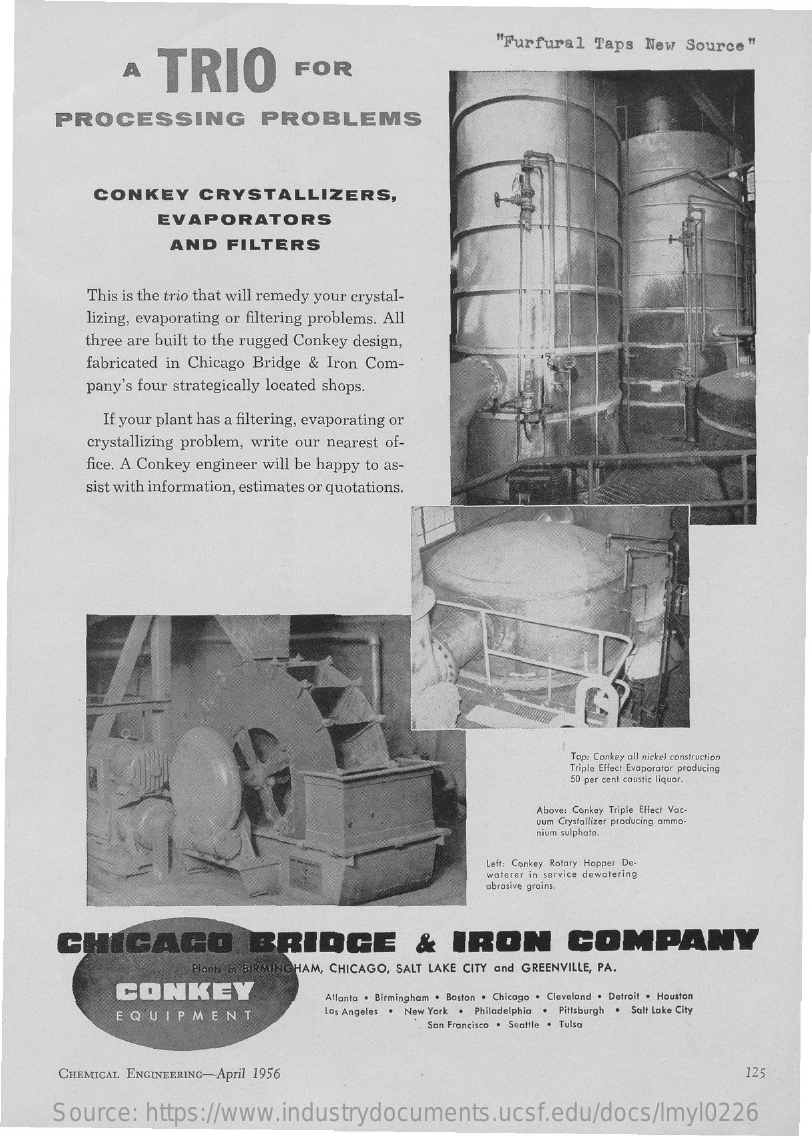
"Furfural  Taps New  Source "
     A   TRIO    FOR
     PROCESSING    PROBLEMS
     CONKEY    CRYSTALLIZERS,
     EVAPORATORS
     AND   FILTERS
     This is the trio that will remedy your crystal-
     lizing, evaporating or filtering problems. All
     three are built to the rugged Conkey design,
     fabricated in Chicago Bridge & Iron Com-
     pany's four strategically located shops.
     If your plant has a filtering, evaporating or
     crystallizing problem, write our nearest of-
     fice. A Conkey engineer will be happy to as-
     sist with information, estimates or quotations.
     Top: Conkey all nickel construction
     Triple Effect Evaporator producing
     50 per cent caustic liquor.
     Above: Conkey Triple Effect Vac-
     uum Crystallizer producing ammo-
     nium sulphate.
     Left: Conkey Rotary Hopper De-
     waterer in service dewatering
     abrasive grains.
     CHICAGO    BRIDGE    &   IRON    COMPANY
     Plants in BIRMINGHAM, CHICAGO, SALT LAKE CITY and GREENVILLE, PA.
     CONKEY    Atlanta . Birmingham . Boston . Chicago . Cleveland . Detroit . Houston
     EQUIPMENT    Los Angeles . New York . Philadelphia . Pittsburgh . Salt Lake City
     San Francisco . Seattle . Tulsa
     CHEMICAL ENGINEERING-April 1956    125
     Source:    https://www.industrydocuments.ucsf.edu/docs/lmyl0226